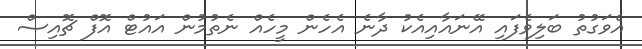
އެވަގުތު ބަލިވެފައި އޭނައާއިއެކު ދާނެ އެހެން މީހެއް ނެތުމުން އައުޓް އޮފް ޗޮއިސް